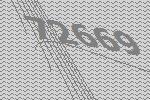
72669